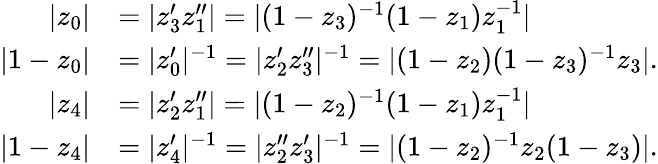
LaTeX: \begin{array}{rl}{|z_{0}|}&{=|z_{3}^{\prime}z_{1}^{\prime\prime}|=|(1-z_{3})^{-1}(1-z_{1})z_{1}^{-1}|}\\ {|1-z_{0}|}&{=|z_{0}^{\prime}|^{-1}=|z_{2}^{\prime}z_{3}^{\prime\prime}|^{-1}=|(1-z_{2})(1-z_{3})^{-1}z_{3}|.}\\ {|z_{4}|}&{=|z_{2}^{\prime}z_{1}^{\prime\prime}|=|(1-z_{2})^{-1}(1-z_{1})z_{1}^{-1}|}\\ {|1-z_{4}|}&{=|z_{4}^{\prime}|^{-1}=|z_{2}^{\prime\prime}z_{3}^{\prime}|^{-1}=|(1-z_{2})^{-1}z_{2}(1-z_{3})|.}\end{array}